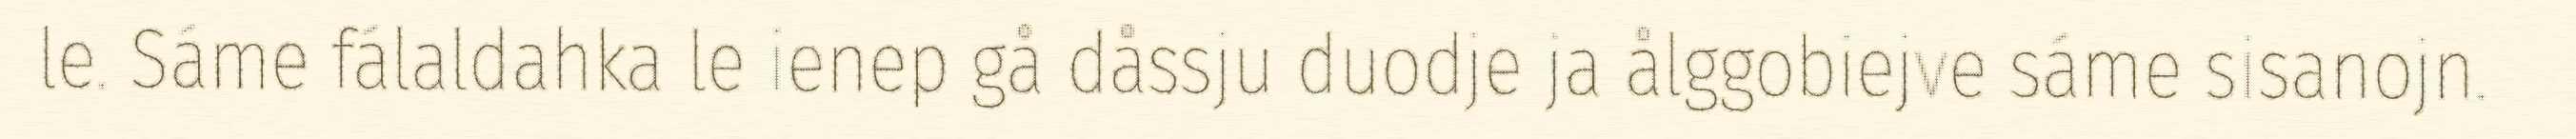
le. Sáme fálaldahka le ienep gå dåssju duodje ja ålggobiejve sáme sisanojn.